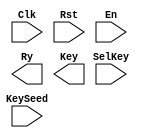
// EASE/HDL begin //////////////////////////////////////////////////////////////
// 
// module 'Key_Scheduler'.
// 
////////////////////////////////////////////////////////////////////////////////

module Key_Scheduler (Clk, Rst, En, Ry, Key, SelKey, KeySeed) ;
  input      Clk;
  input      Rst;
  input      En;
  output     Ry;
  output     [127:0]Key;
  input      [3:0]SelKey;
  input      [127:0]KeySeed;


// EASE/HDL end ////////////////////////////////////////////////////////////////



endmodule // Key_Scheduler